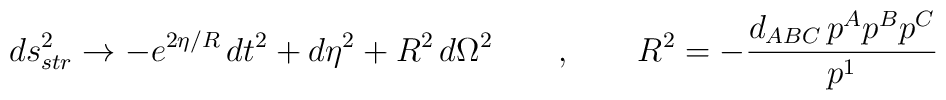
ds^2_{str} \rightarrow - e^{2 \eta / R} \,dt^2 + d\eta^2 + R^2 \,d\Omega^2  \qquad , \qquad R^2 = - { d_{ABC}\, p^A p^B p^C \over p^1}